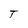
Character: T